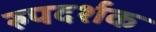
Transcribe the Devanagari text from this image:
रुपदर्शक